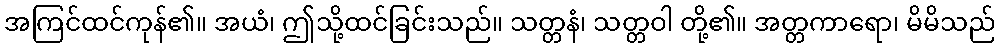
အကြင်ထင်ကုန်၏။ အယံ၊ ဤသို့ထင်ခြင်းသည်။ သတ္တနံ၊ သတ္တဝါ တို့၏။ အတ္တကာရော၊ မိမိသည်